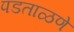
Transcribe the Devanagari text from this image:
पडताळणे